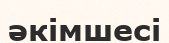
әкімшесі